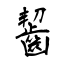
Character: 齧